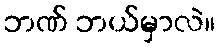
ဘဏ် ဘယ်မှာလဲ။